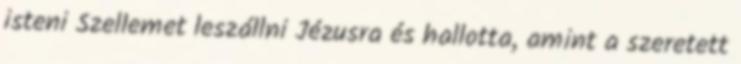
isteni Szellemet leszállni Jézusra és hallotta, amint a szeretett